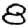
Digit: 8